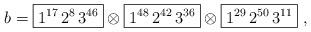
LaTeX: \begin{align*}b = \boxed{1^{17}\, 2^8\, 3^{46}} \otimes \boxed{1^{48}\, 2^{42}\, 3^{36}} \otimes \boxed{1^{29}\, 2^{50}\, 3^{11}}\ ,\end{align*}